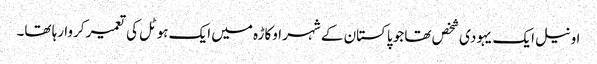
اونیل ایک یہودی شخص تھا جو پاکستان کے شہر اوکاڑہ میں ایک ہوٹل کی تعمیر کروا رہا تھا۔